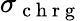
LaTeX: \sigma_{\mathrm{~c~h~r~g~}}